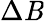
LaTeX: \Delta\mathit{B}